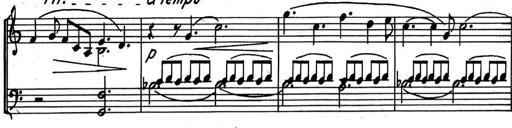
Title: Kleine Sonate
Composer: Raoul Koczalski
Key: C major